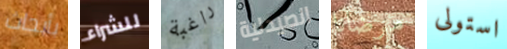
بأبحاث للشراء راغبة الصيدلية مرضانا استولى